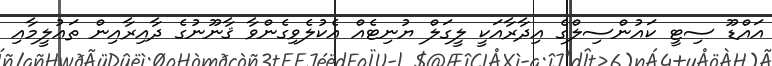
އައްޑޫ ސިޓީ ކައުންސިލްގެ އިދާރާއަކީ ލީގަލް ޔުނިޓެއް އެކުލެވިގެންވާ ޤާނޫނުގެ ދާއިރާއިން ތަޢުލީމާއި